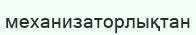
механизаторлықтан